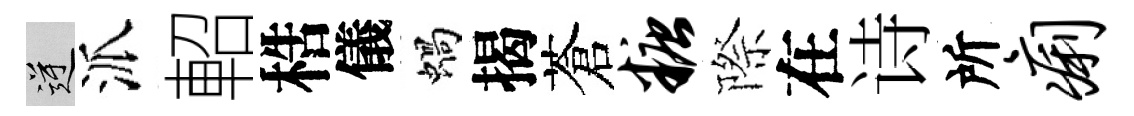
逆派軺梏儀蝸揭蒼糖際在诗所痢